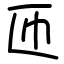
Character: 匝